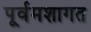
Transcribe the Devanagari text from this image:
पूर्वमशागत